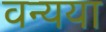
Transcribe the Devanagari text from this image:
वन्यया